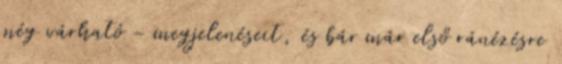
még várható - megjelenéseit, és bár már első ránézésre